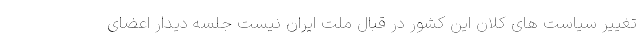
تغییر سیاست های کلان این کشور در قبال ملت ایران نیست جلسه دیدار اعضای